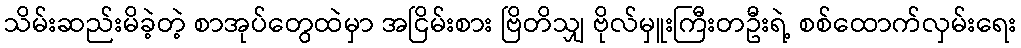
သိမ်းဆည်းမိခဲ့တဲ့ စာအုပ်တွေထဲမှာ အငြိမ်းစား ဗြိတိသျှ ဗိုလ်မှူးကြီးတဦးရဲ့ စစ်ထောက်လှမ်းရေး